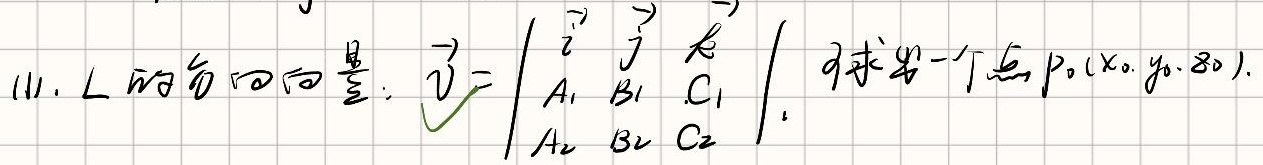
11. \(L\)的方向向量：\(\vec{v}=\begin{vmatrix}\vec{i}&\vec{j}&\vec{k}\\A_1&B_1&C_1\\A_2&B_2&C_2\end{vmatrix}\)， 求出一个点\(P_0(x_0,y_0,z_0)\).